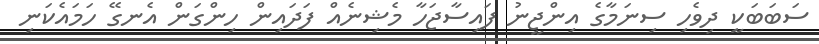
ސަބަބަކީ ދިވެހި ސިނަމާގެ އިންޖީނު ފައިސާޖަހާ މެޝިނެއް ފަދައިން ހިންގަން އެނގޭ ހަމައެކަނި